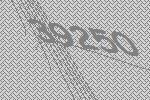
39250